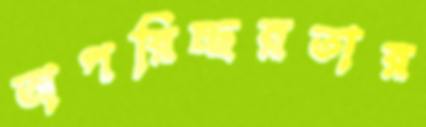
অপরিচ্ছন্নতার